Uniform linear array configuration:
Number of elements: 24
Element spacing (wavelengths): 1
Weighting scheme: binomial
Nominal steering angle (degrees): -15
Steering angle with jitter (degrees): -13.771
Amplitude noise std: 0.05
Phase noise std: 0.05

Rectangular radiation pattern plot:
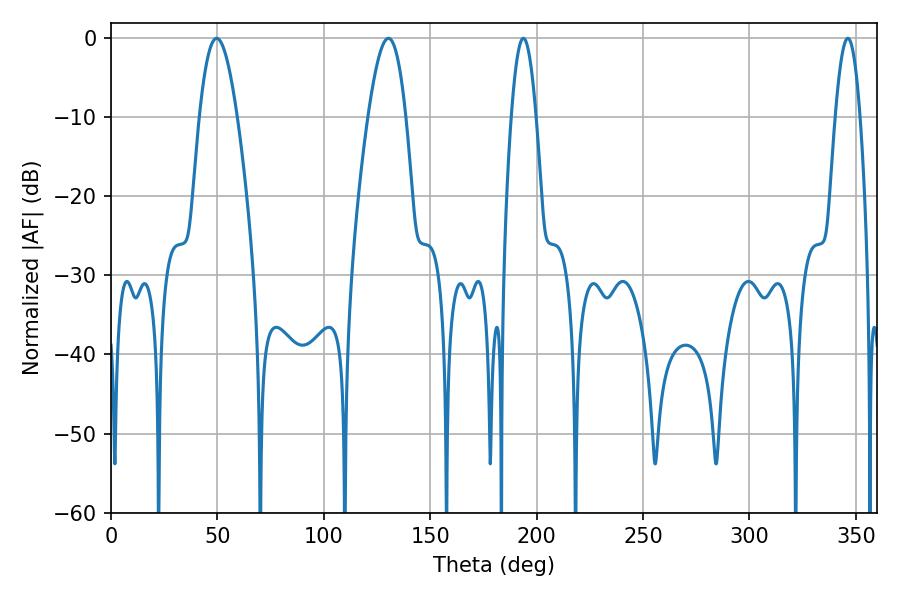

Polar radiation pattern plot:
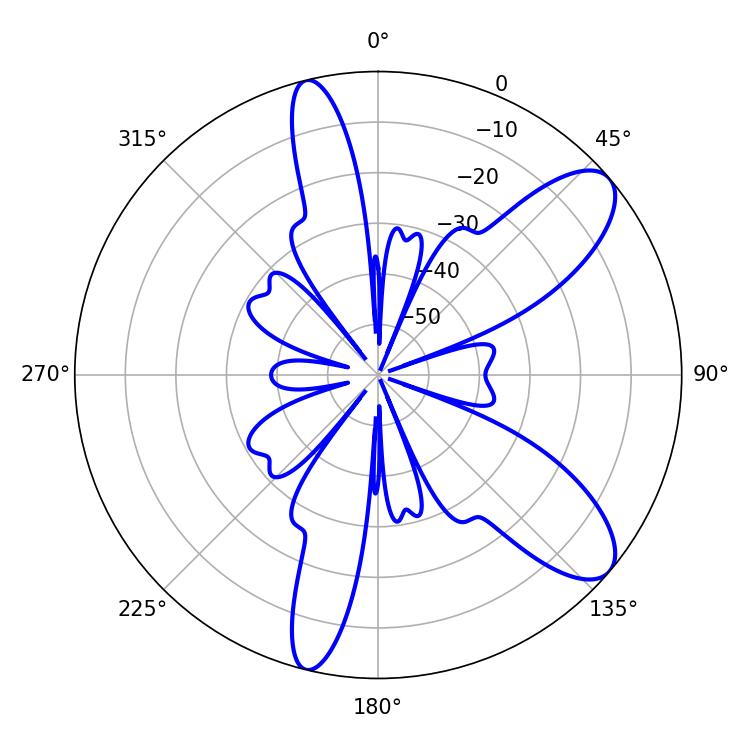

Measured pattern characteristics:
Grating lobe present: TRUE
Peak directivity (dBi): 9.567
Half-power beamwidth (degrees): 9.72
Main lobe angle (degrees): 49.68